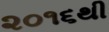
૨૦૧૬થી